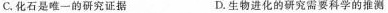
C.化石是唯一的研究证据 D.生物进化的研究需要科学的推测